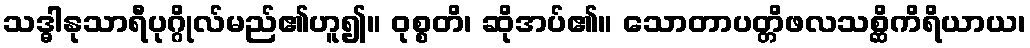
သဒ္ဓါနုသာရီပုဂ္ဂိုလ်မည်၏ဟူ၍။ ဝုစ္စတိ၊ ဆိုအပ်၏။ သောတာပတ္တိဖလသစ္ဆိကိရိယာယ၊